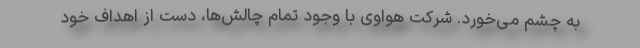
به چشم می‌خورد. شرکت هواوی با وجود تمام چالش‌ها، دست از اهداف خود